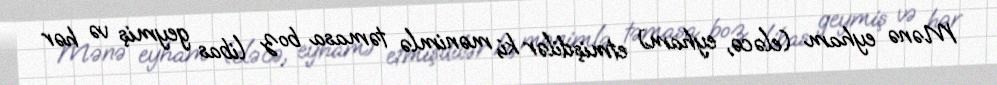
Mənə eyham (eləcə, eyham) etmişdilər ki, mənimlə təmasa boz libas geymiş və hər